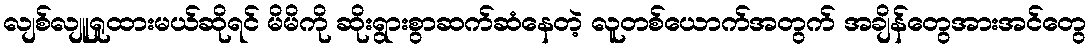
လျစ်လျူရှုထားမယ်ဆိုရင် မိမိကို ဆိုးရွားစွာဆက်ဆံနေတဲ့ လူတစ်ယောက်အတွက် အချိန်တွေအားအင်တွေ